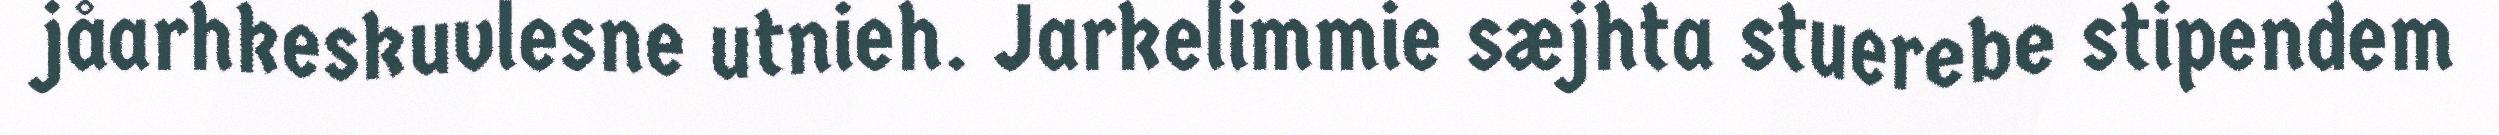
jåarhkeskuvlesne utnieh. Jarkelimmie sæjhta stuerebe stipendem